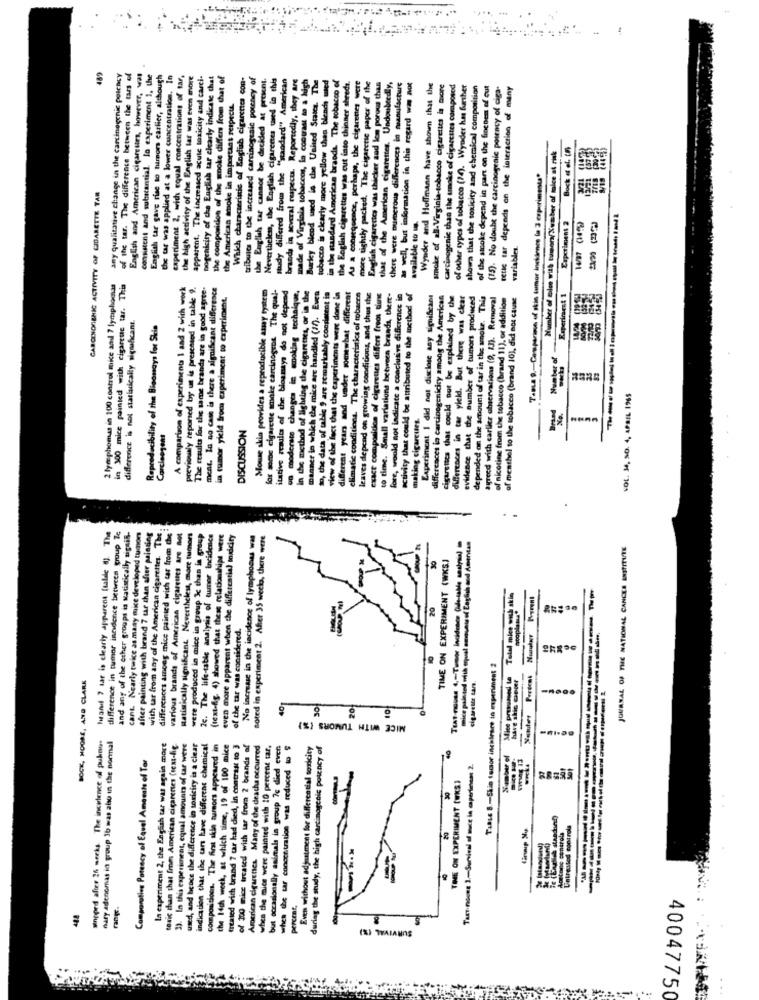
489
any qualitative change in the carcinogenic polacy
of the tar. The difference between the tars of
English and American cigarettes, however, was
consistent and substantial. lo experiment 1, the
English tar gave rise to tumors carlier, although
the tar was applied at a lower concentration. In
experiment 2, with equal concentrations of tar,
the high activity of the English tar was even more
apparent. The increased acute toxicity and carci-
Dogenicity of the English tar clearly indicate that
the composition of the smoke differs from chat of
tribuics to the increased carcinogenic porchey of
Nevertheless, the English cigarenes used to this
"standard" American
brands in several respects. Reportedly, they are
made of Virginia tobaccos, in contrast to a high
Burley blend used in the United States. The
tobacco is clearly more yellow than blends mied
the English cigarettes was cut into thinner shreds.
As a consequence, perhaps, the cigarettes were
cigarette paper of the
faretic was thicker aad lem porous thus
of the American cigarettes. Undoubtedly,
there were numerous differences in manufacture
as well, but information in this regard wa mot
Wynder and Hoffmann have shown that the
in the standard American brands. The tobacco of
smoke of all- Virginia-tobacco cigarettes is more
carcinogenic than the umoke of cigarettes composed
of other types of tobacco (14). Wynder has further
shown that the toxicity and chemical composition
of the smoke depend in part on the finchem of cut
(75). No doubt the carcinogenic potency of ciga-
retic tar depends on the interaction of many
the American mboke in important respectt.
the English tar cannot be decided at
Which characteristic of English
more tightly packed. The cigarette
Bock et al. (5)
Number of ples with tumen/Number of mice at risk
study differed from the
T.Bua 9 .- Camparime of skis tumor incidence to 3 experimenta"
CARCENDRIENIC ACTIVITY OF CIGARETTE TAR
Englah cigarettes
available to .
Experiment 2
variables.
2 lymphomas in 100 control mie and 7 lymphomas
in 300 mice painted with cigarette tar. This
A compartion of experimenta 1 and 2 with work
previously reported by us is presented in table 9 .
The results for the same brands are in good agree-
ment. La no cash is there a significant difference
Mouse skin provides a reproducible asy tystem
carcinogens The qual-
on moderate changes in noking technique,
to, the data of table 9 are remarkably consistent is
fore, would not indicate a conclusive dificrence in
activity that could be attributed to the inethod of
in rumor yield from experiment to experiment.
for some cigarette smoke carcinogens The qual-
itative results of the bioamays do not depend
In the method of lighting the cigaretses, or in the
maaner in which the mice are handled (17). Even
view of the fact that the caperiments were done in
different years and under somewhat different
climatic conditions. The characteristics of tobacco
leaves depend on growing conditions, and thus the
exact composition of cigarettes differs freot time
to time. Small variations between brands, there-
Experiment I did not disclose any significant
differences in carcinogenicicy among the American
cigarettes that could not be explained by the
differences in car yield. But there was clear
evidence that the number of tumors produced
depended on the amount of tar in the smoke. This
agreed with carlier observations (2, 1J). Removal
of nicotine from the tobacco (brand 11), or addition
of meathel to the tobacco (brand 10), did not cause
Experiment 1
difference is not statiuically significant.
Reproducibility of the Bisonays for Skie
Number of
VOL. M, SO. 4, APRIL 1965
making cigarettes.
DISCUSSION
Carcisegent
.
after painting with brand 7 ur than after painting
heand ? tar is clearly apparent ftalde @). The
difference in tumor incidence between group Ze
and any of the other groups is Matistically signif-
cant. Nearly twice as many mice developed tumor
with tar from any of the American cigarettes. The
differences among mice painted with tar from the
various brands of American cigarettes are not
Ratistically significant. Nevertheless, more namors
were produced in mice in group Ic than in group
2c. The life-table analysis of tumor Incidence
(text-fig. 4) showed that these relationships were
even more apparent when the differential inxicity
No increase in the incidence of lymphooss was
Boted in experiment 2. After 35 week, there were
mice painted with opust amount of English and Amentas
JOURNAL OF THE NATIONAL CANCER INSTITUTE
TIME ON EXPERIMENT (WKS.)
1
Totel mice wish skin
20
of the tar was considered.
---------
Tasse 8 .- Skin tomor inchirace in experiment #
SOCK, MOORE, AND CLARK
Mice prysuased ta
have shis Chott
cigarette tara.
70
10
2
MICE WITH TUMORS (%)
wineped after 26 weeks. The incelence of pukno-
nary adenomas in group 16 was also in the normal
la experiment 2, the English tar was again more
toxic than that from American cigarettes (sem-fig.
39. In this experiment, equal amounts of tar were
used, and hence the difference in toxicity is a clear
indication that the tans have different chemical
Compositions. The first skin tumors appeared in
the 14ch wech, at which time, 19 of 100 mice
treated with brand 7 tar had died, In contrast to 3
of 200 mice treated with tar from 2 brands af
American cigarenes. Many of the deacha occurred
when the mice were painted with 10 percent tar,
but occasionally animals in group 7c died even
when the tar concentration was reduced to $
Even without adjustment for differential torkity
during the study, the high carcinogenic potency of
Comporstieg Potency of Equal Ament of Tor
Number of
Tart-noone 3 .- Survival of muce in apertinent 2.
THE ON EXPERIMENT (WKS
je (Enalles standing)
20
intreated controls
----
Hastens controls
percent,
(%) THAIANOS
40047750